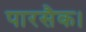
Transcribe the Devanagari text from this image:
पारसैक।